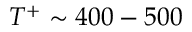
T ^ { + } \sim 4 0 0 - 5 0 0